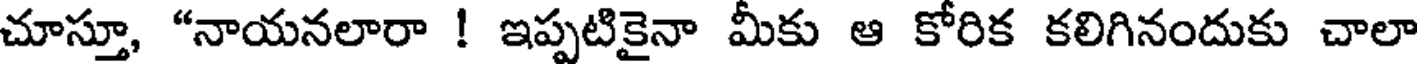
చూస్తూ, "నాయనలారా ! ఇప్పటికైనా మీకు ఆ కోరిక కలిగినందుకు చాలా